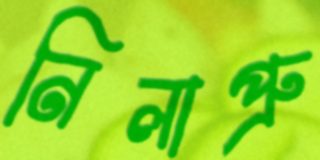
নিলাপ্রু